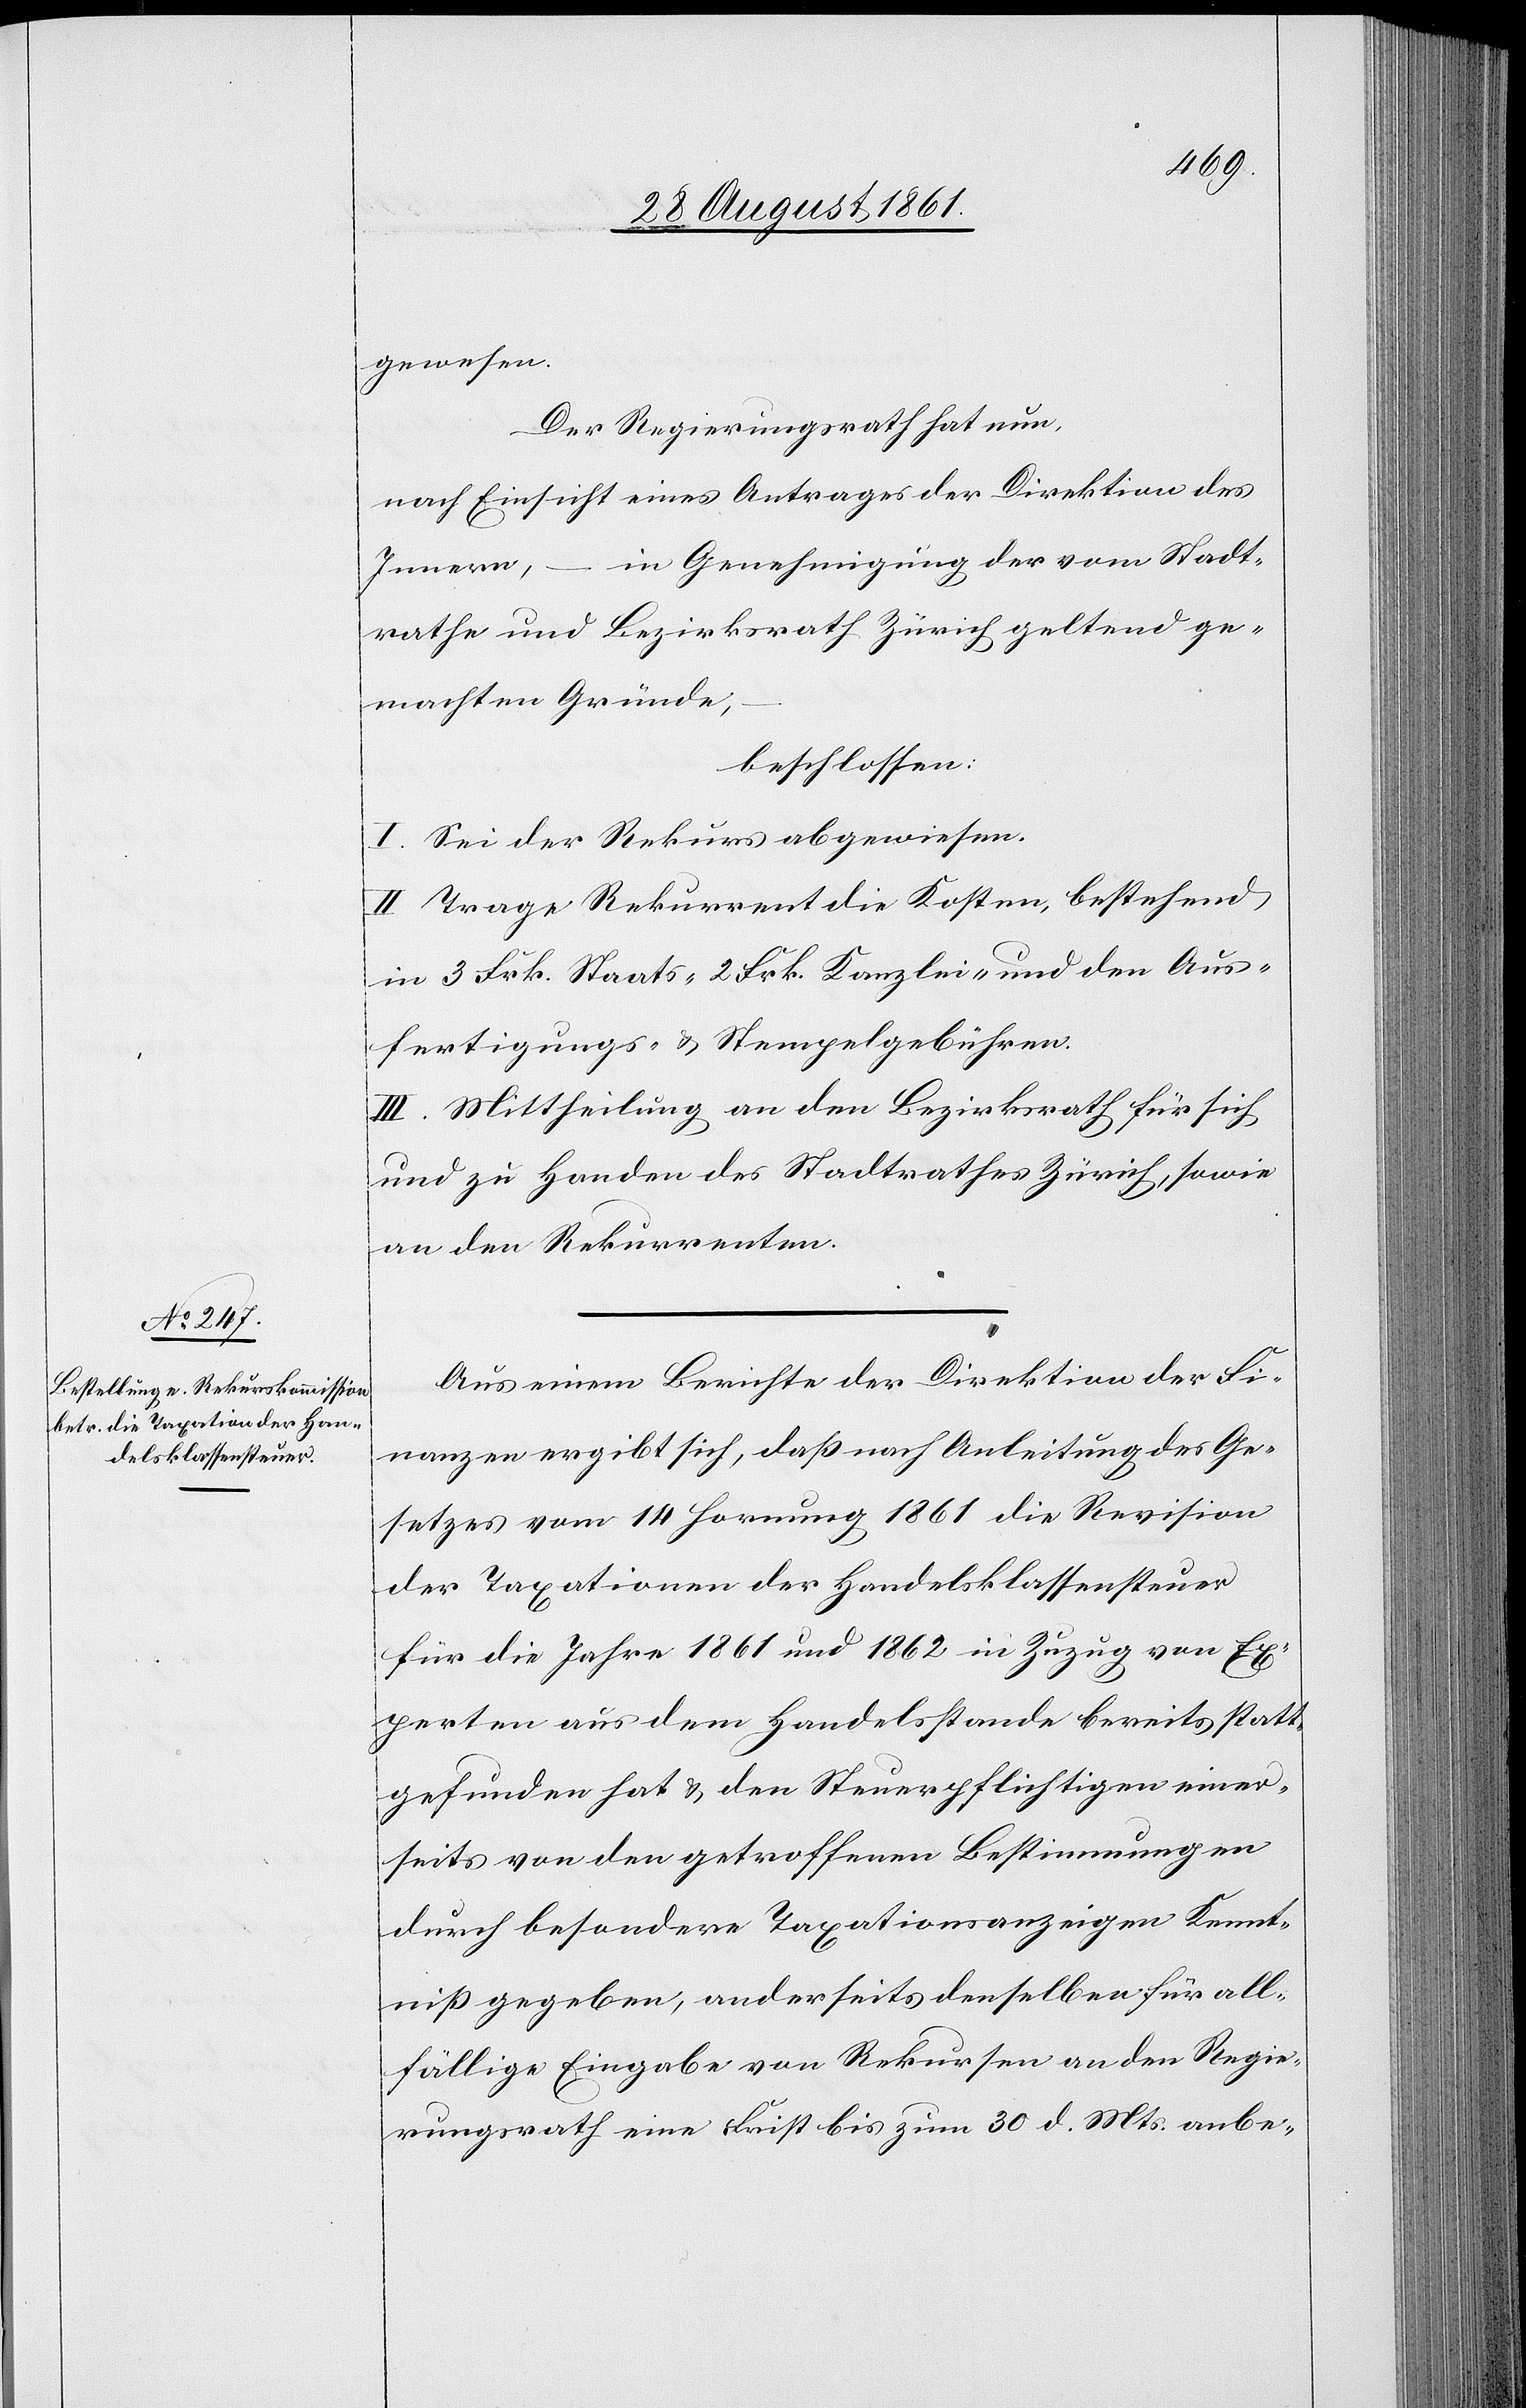
gewesen.
Der Regierungsrath hat nun,
nach Einsicht eines Antrages der Direktion des
Innern, – in Genehmigung der vom Stadt¬
rathe und Bezirksrath Zürich geltend ge¬
machten Gründe,
beschlossen:
I. Sei der Rekurs abgewiesen.
II. Trage Rekurrent die Kosten, bestehend
in 3 Frk. Staats-[,] 2 Frk. Kanzlei- und den Aus¬
fertigungs- u. Stempelgebühren.
III. Mittheilung an den Bezirksrath für sich
und zu Handen des Stadtrathes Zürich, sowie
an den Rekurrenten.
Aus einem Berichte der Direktion der Fi¬
nanzen ergibt sich, daß nach Ausarbeitung des Ge¬
setzes vom 14 Hornung 1861 die Revision
der Taxationen der Handelsklassensteuer
für die Jahre 1861 und 1862 in Zuzug von Ex¬
perten aus dem Handelsstande bereits statt¬
gefunden hat u. den Steuerpflichtigen einer¬
seits von den getroffenen Bestimmungen
durch besondere Taxationsanzeigen Kennt¬
niß gegeben, anderseits denselben für all¬
fällige Eingabe von Rekursen an den Regie¬
rungsrath eine Frist bis zum 30 d. Mts. anbe-